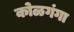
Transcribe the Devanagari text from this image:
कोळगंगा